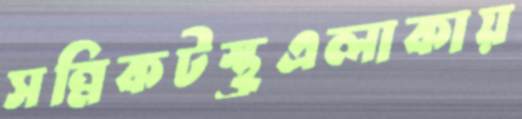
সন্নিকটস্থ্রএলাকায়